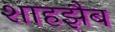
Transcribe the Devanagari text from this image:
शाहझैब